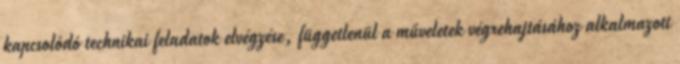
kapcsolódó technikai feladatok elvégzése, függetlenül a műveletek végrehajtásához alkalmazott